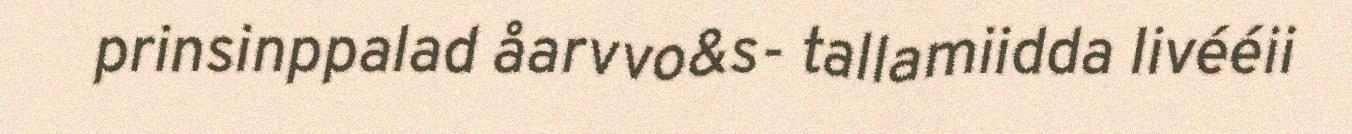
prinsinppalad åarvvo&s- tallamiidda livééii